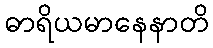
ဓာရိယမာနေနာတိ